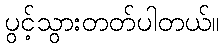
ပွင့်သွားတတ်ပါတယ်။